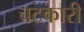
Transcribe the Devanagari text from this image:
चटकारी